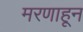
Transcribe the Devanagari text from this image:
मरणाहून